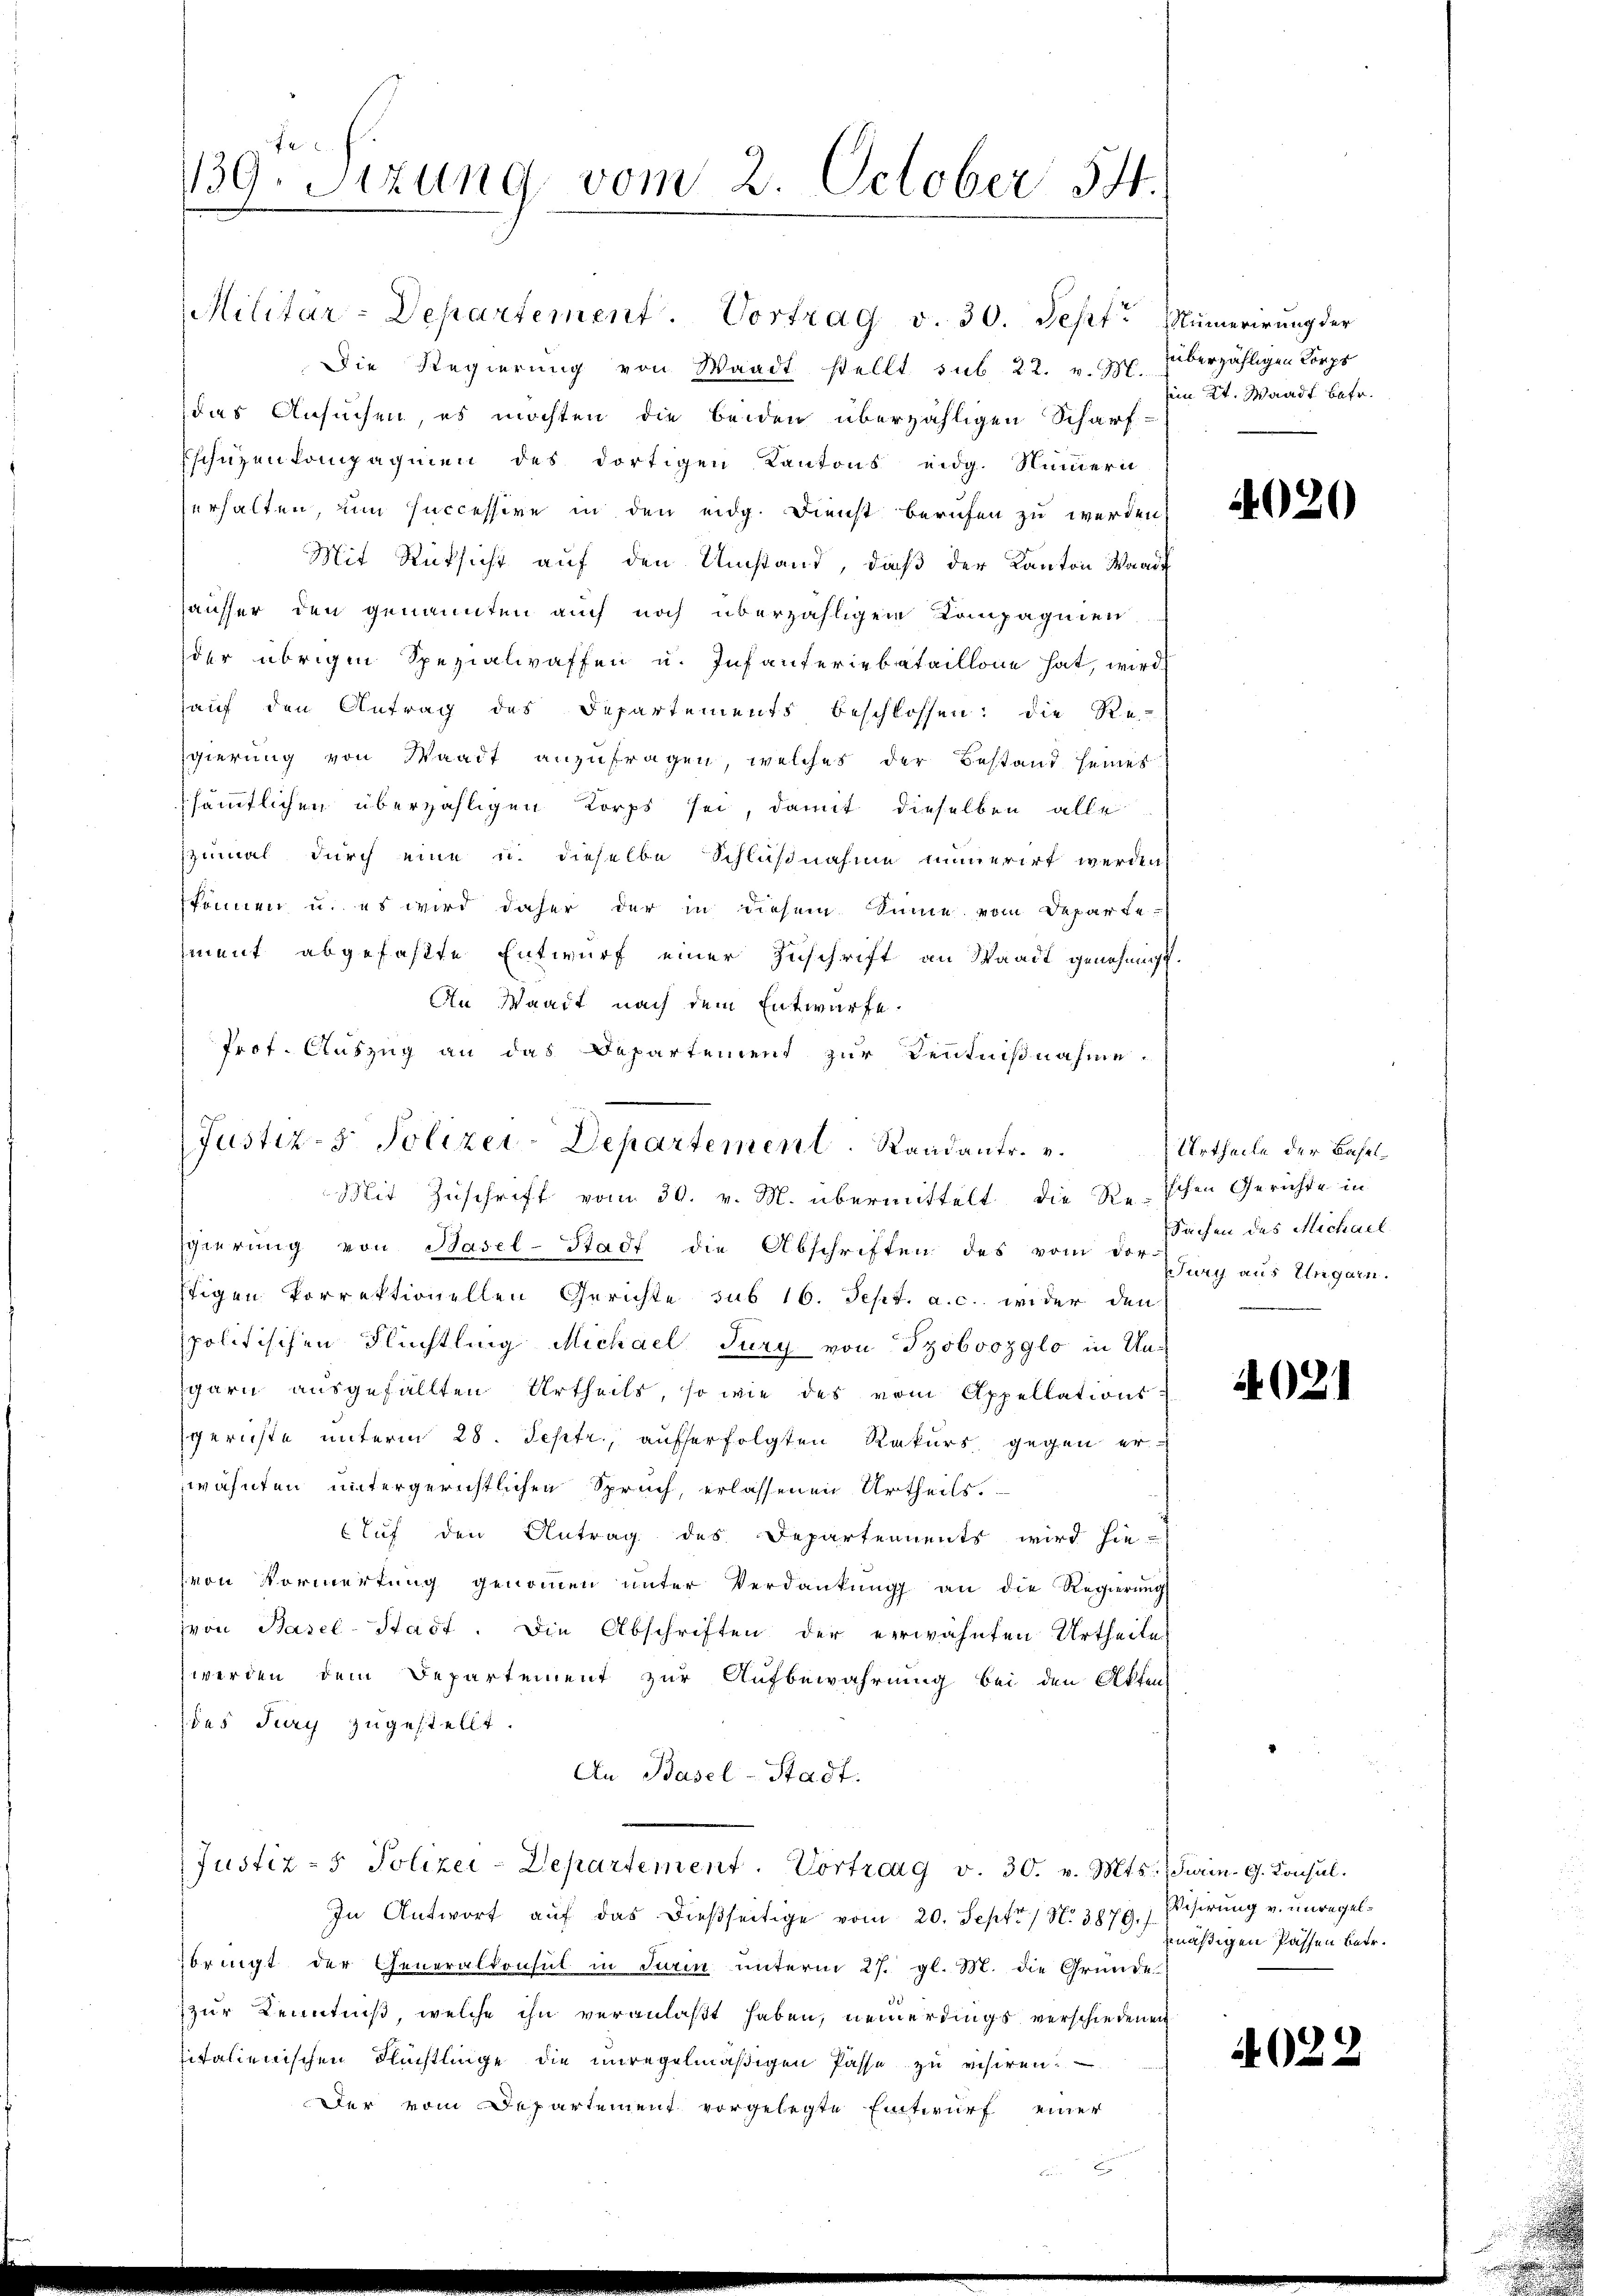
139. Sizung vom 2. October 54.

Militar-Departement. Vortrag v. 30. Sept. Numerirung der
Die Regierung von Waadt stellt sub. 22. v. Hr. überzähligen Korps
das Ansuchen es möchten die beiden überzähligen Scharfschützen kompagnien des dortigen Kantons eidg. Nummern
erhalten, um successive in den eidg. Dienst berufen zu werden,
Mit Rücksicht auf den Umstand, daß der Kanton Waadt
hausser den genannten auch noch überzähligen Kompagnien
der übrigen Spezialwaffen u. Infanteriebataillone hat, wird
hauf den Antrag des Departements beschlossen: die Re
Egierung von Waadt anzufragen, welches der Bestand seines
sämtlichen überzähligen Korps sei, damit dieselben alle
zumal durch eine u. dieselbe Schlußnahme numerirt werden
können u. es wird daher der in diesem Sinne vom Departe
ment abgefaßte Entwurf einer Zuschrift an Staadt genehmigt.
An Waadt nach dem Entwurfe.
Prof. Auszug an das Departement zur Kenntnißnahme
Justiz- & Polizei-Departement. Randantr. v. Urtheile der Basel¬
Mit Zuschrift vom 30. v. M. übermittelt die Reichen Gerichte in
Egierung von Hasel-Stadt die Abschriften des vom den Juny aus Ungarn.
stigen Porrektionellen Gerichte sub 16. Sept. a. c. wider den
spolitischen Flüchtling Michael Jury von Szobvozylo in Un-
garn ausgefällten Urtheils, so wie des vom Appellations
gerichte unterm 28. Septr., aufserfolgten Rekurs gegen er-
wähnten untergerichtlichen Spruch, erlassenen Urtheils.
Auf den Antrag des Departements wird hievon Vormerkung genommen unter Verdankŭng an die Regierŭng
(von Basel-Stadt. Die Abschriften der erwähnten Urtheile
werden dem Departement zur Aufbewahrung bei den Akten
des Jury zugestellt.
An Basel-Stadt.

Justiz- & Polizei-Departement. Vortrag v. 30. v. Mts. Turin. G. Konsul

In Antwort aŭf das dießseitige vom 20. Septo / N. 3879. Visirŭng v. unregelbringt der Generalkonsul in Turin unterm 27. gl. M. die Gründe
zur Kenntniß, welche ihn veranlaßt haben, neuerdings verschiedenen
pitalienischen Flüchtlinge die unregelmäßigen Pässe zu visiren.
Der vom Departement vorgelegte Eintwurf einer

iin Kt. Waadt betr.

4020

Sachen des Michael

4021

mäßigen Passen betr.

4022